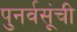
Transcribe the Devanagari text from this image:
पुनर्वसूंची